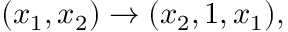
( x _ { 1 } , x _ { 2 } ) \to ( x _ { 2 } , 1 , x _ { 1 } ) ,